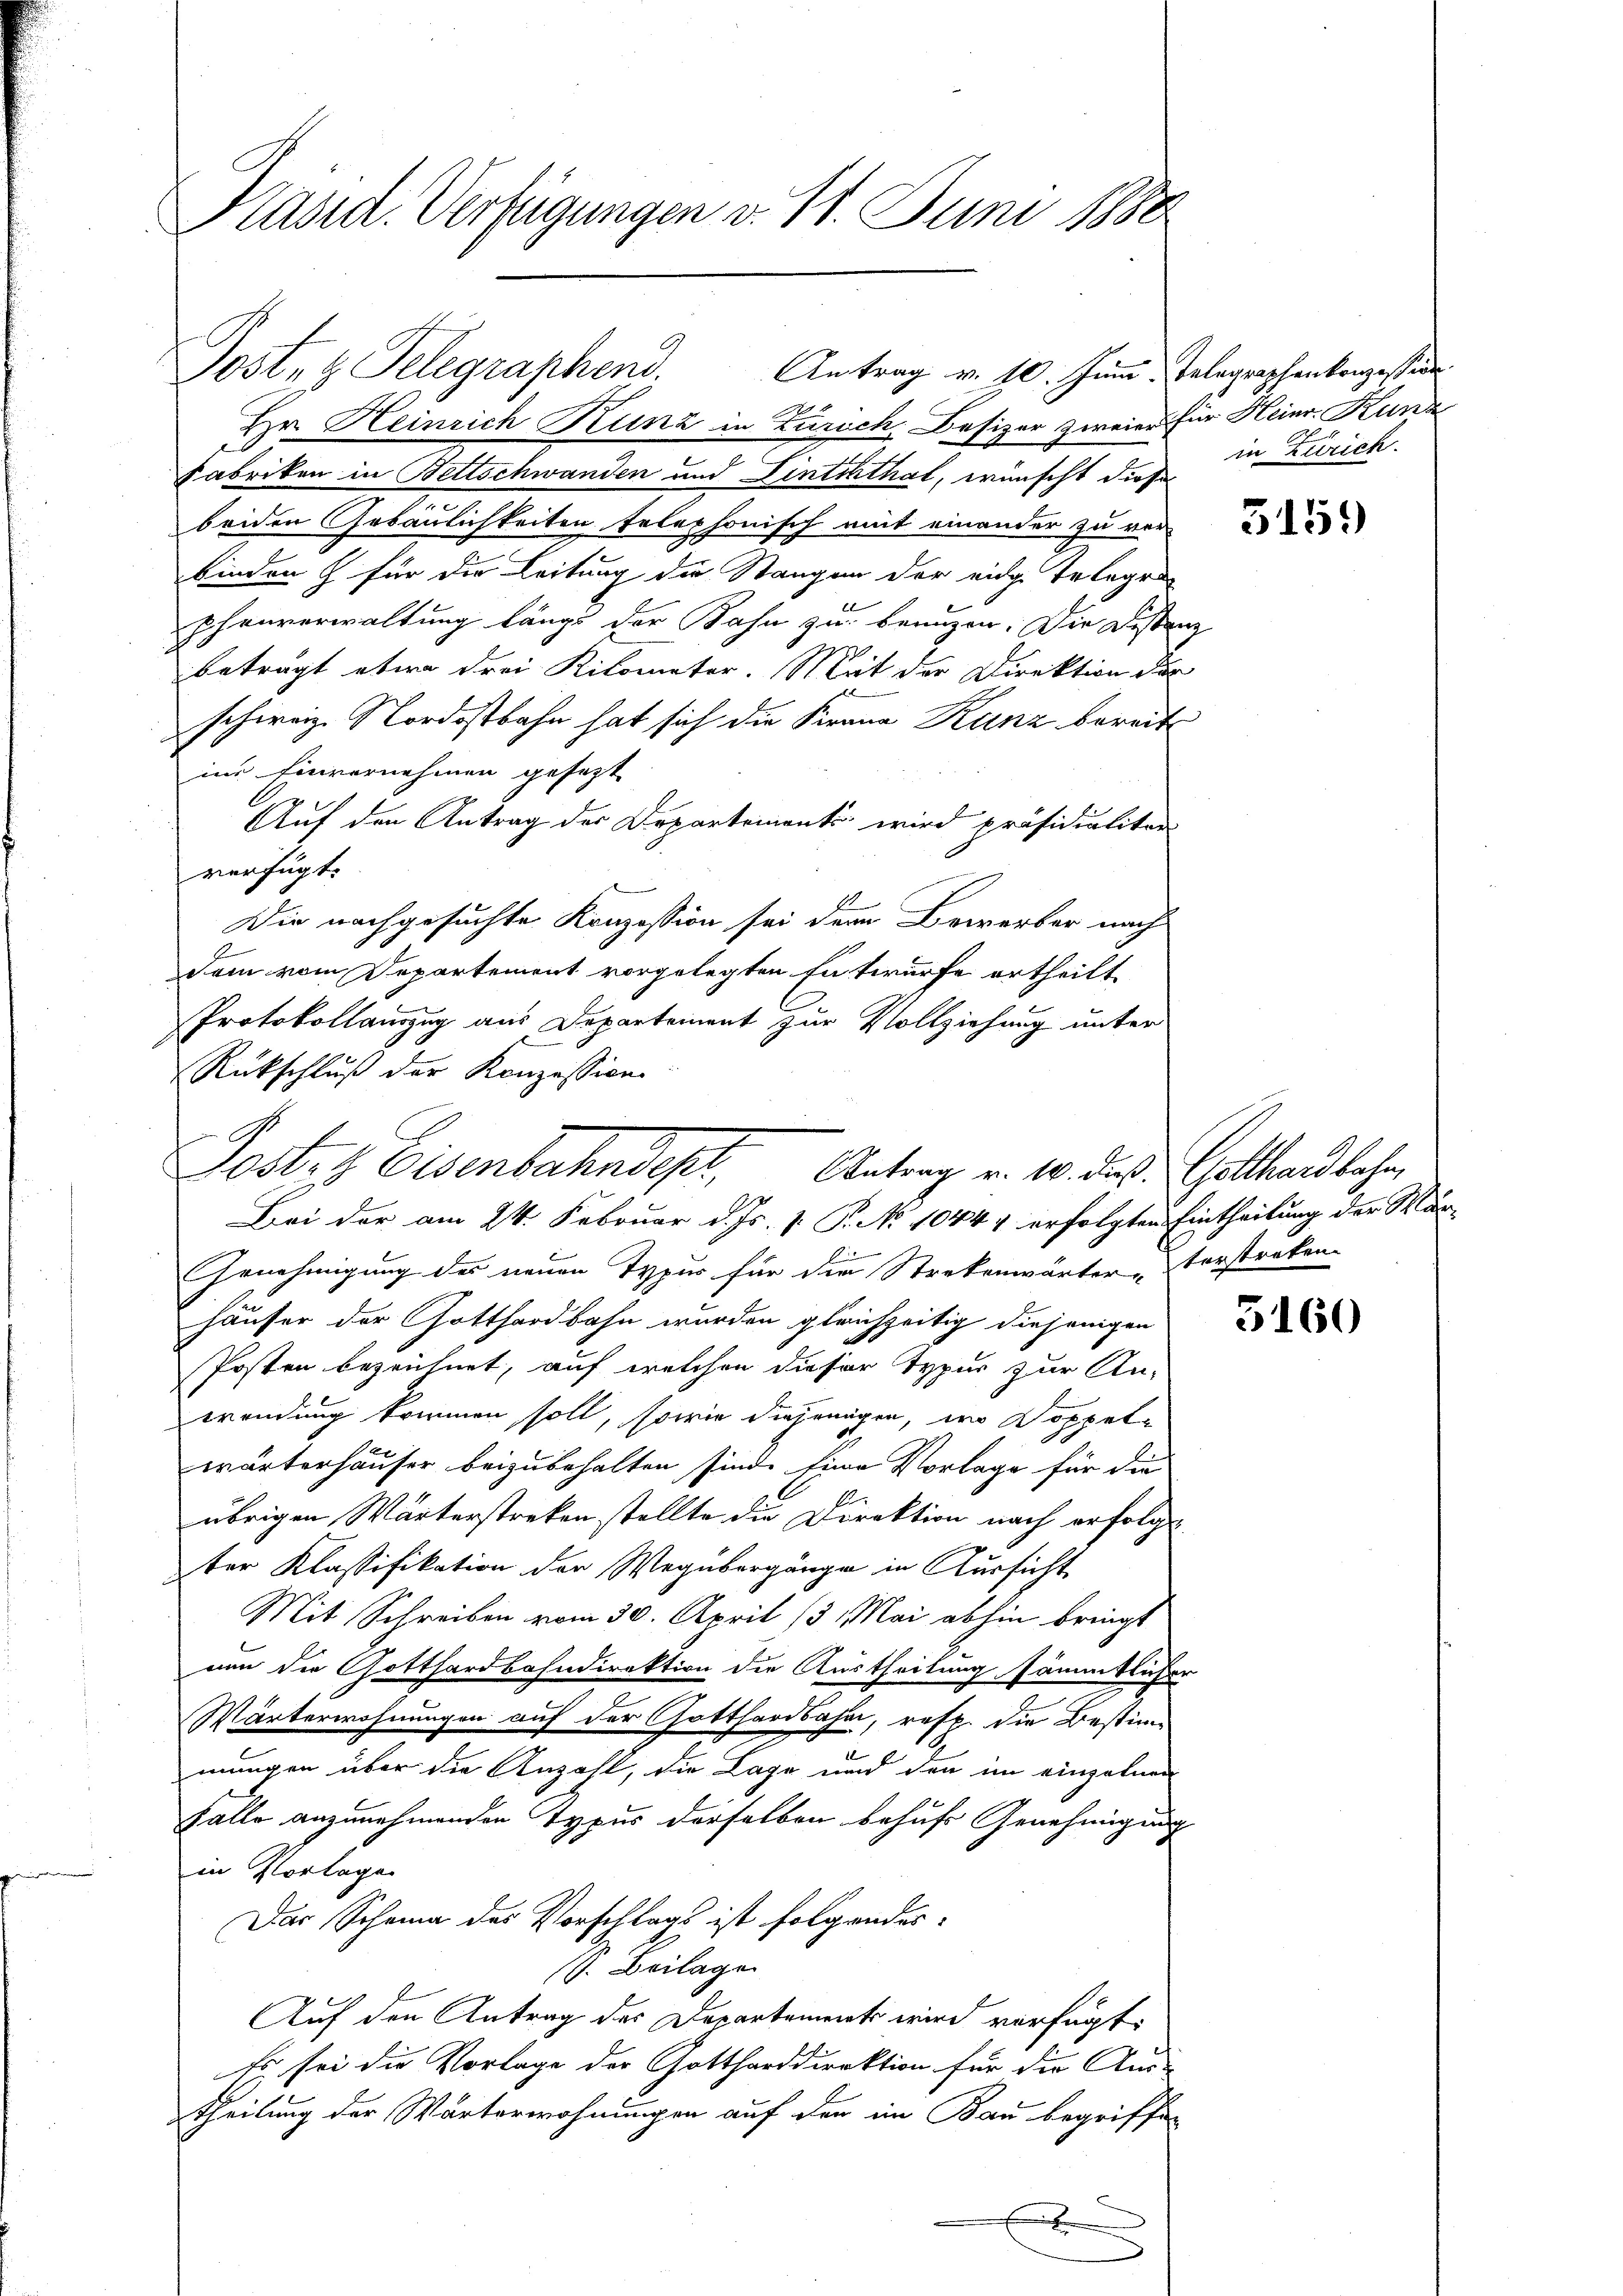
Präsid. Verfügungen v. 11. Juni 1880

Posten Telegraphend.
Antrag v. 10. Juni, Telegraphenkonzession
2

Hr. Heinrich Kunz in Zürich, Besizer zweier für Heinr. Kunz
Fabrikon in Bettschwanden und Linththal, wünscht diese
beiden Gebäulichkeiten telephonisch mit einander zu verbinden & für die Leitung die Stangen der eidge Telegen
phenverwaltung längs der Bahn zu benuzen. Die Distanz
beträgt etwa drei Kilometer. Mit der Direktion der
schweiz. Nordostbahn hat sich die Krana Kunz bereit
in Einvernehmen gesagt
Auf den Antrag der Departements wird präsidialiter
verfügt:
Die nachgesuchte Konzession sei dem Bewerber nach
Dem vom Departement vorgelegten Entwurfe ertheilt.
Protokollauszug aus Departement zur Vollziehung unter
Rückschluß der Konzession
Bei der am 24. Februar d. Js. v. P. No 1044 4 erfolgten Eintheilung der Mar-
Genehmigung des neuen Typur für die Strekenwärter-Verstraken-
häuser der Gotthardbahn wurden gleichzeitig diejenigen
Posten bezeichnet, auf welchen dieser Typur zur An-
wendung kommen soll, sowie diejenigen, wo Doppelwärterhäuser beizubehalten sind. Eine Vorlage für die
A.
übrigen Wärterstreken stellte die Direktion nach erfolge
ter Klassifikation der Wegübergänge in Aussicht
Mit Schreiben vom 30. April 13. Mai abhin bringt
nun die Gotthardbahndirektion die Austheilung sämmtlicher
Wärterwohnungen auf der Gotthardbahn, resp. die Bestimmungen über die Anzahl, die Lage und den im einzelnen
Falle anzunehmenden Typus derselben behufs Genehmigung
in Vorlage
Das Scheina der Vorschlags ist folgendes:
(s. Beilage
Auf den Antrag des Departements wird verfügt:
Es sei die Vorlage der Gottharddirektion für die Aus-
theilung der Wärterwohnungen auf den im Bau begriffen

Postes Eisenbahndept, Antrag v. 10. daß Gotthardbahn

in Zürich

5159)

5160